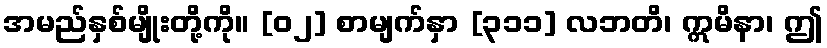
အမည်နှစ်မျိုးတို့ကို။ [၀၂] စာမျက်နှာ [၃၁၁] လဘတိ၊ ဣမိနာ၊ ဤ